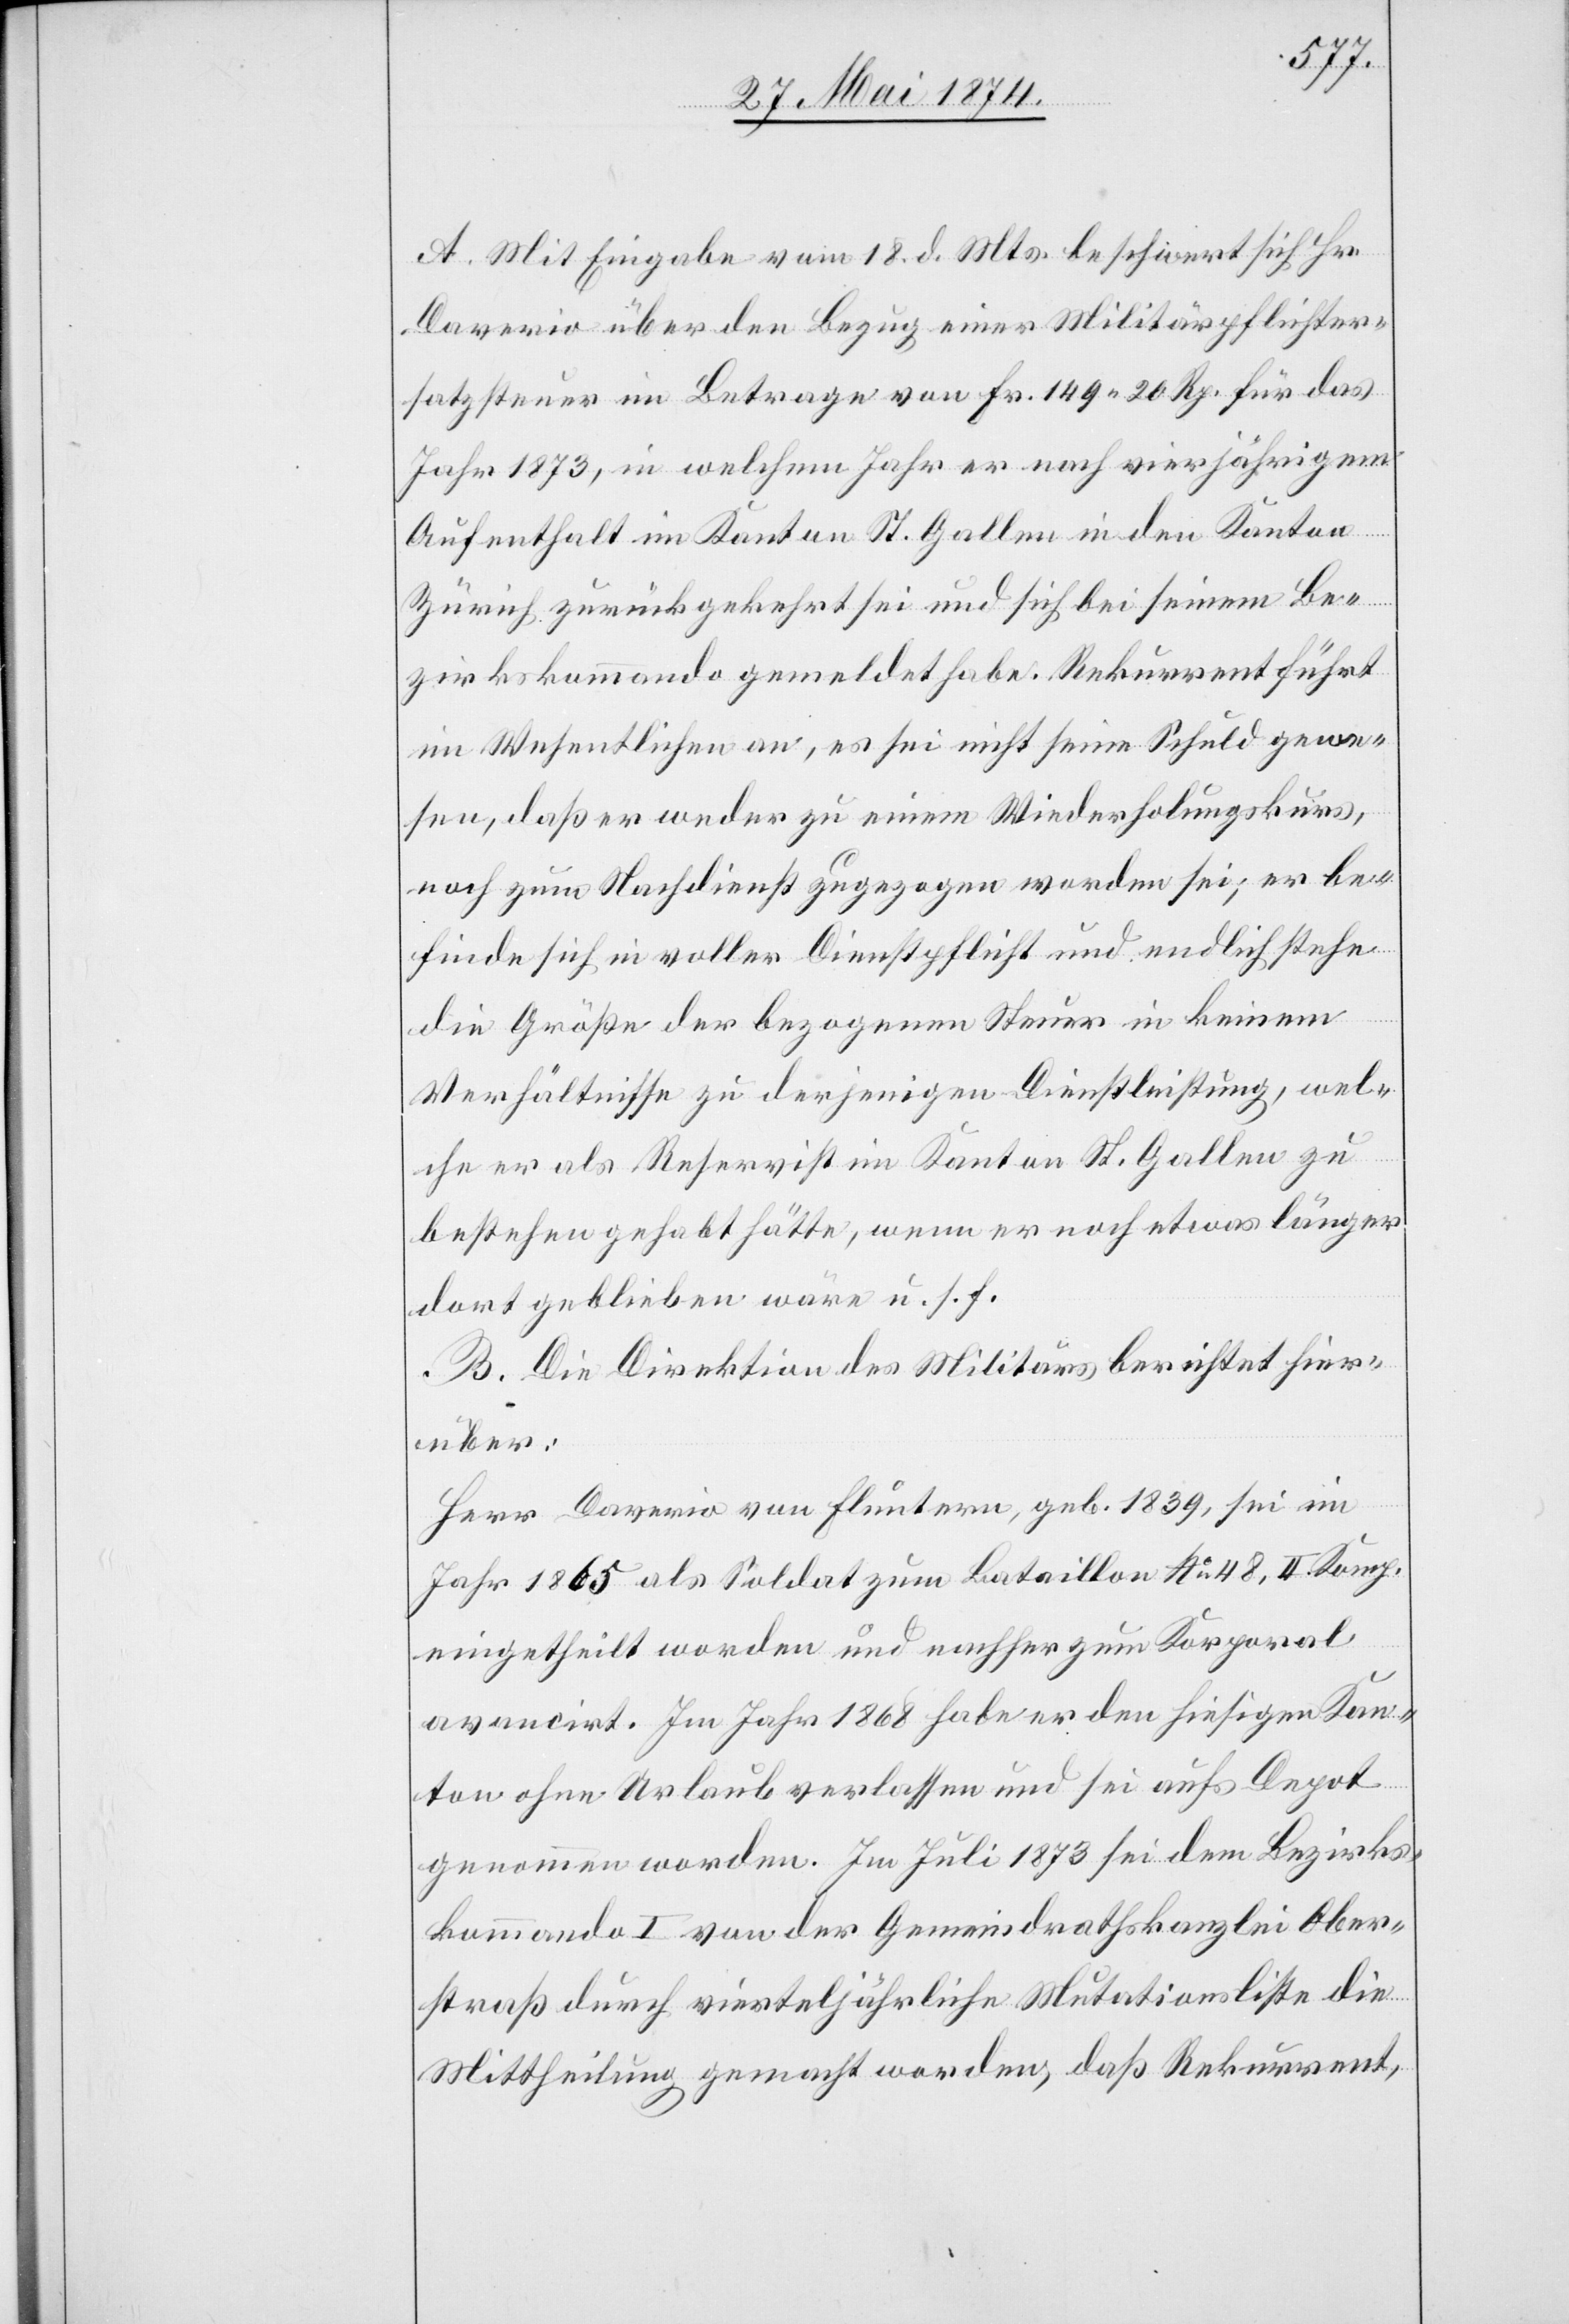
A. Mit Eingabe vom 18. d. Mts. beschwert sich Hr.
Daverio über den Bezug einer Militärpflichter¬
satzsteuer im Betrage von Fr. 149.20 Rp. für das
Jahr 1873, in welchem Jahr er nach vierjährigem
Aufenthalt im Kanton St. Gallen in den Kanton
Zürich zurückgekehrt sei und sich bei seinem Be¬
zirkskommando gemeldet habe. Rekurrent führt
im Wesentlichen an, es sei nicht seine Schuld gewe¬
sen, daß er weder zu einem Wiederholungskurs,
noch zum Nachdienst zugezogen worden sei; er be¬
finde sich in voller Dienstpflicht und endlich stehe
die Größe der bezogenen Steuer in keinem
Verhältnisse zu derjenigen Dienstleistung, wel¬
che er als Reservist im Kanton St. Gallen zu
bestehen gehabt hätte, wenn er noch etwas länger
dort geblieben wäre u. s. f.
B. Die Direktion des Militärs berichtet hier¬
über:
Herr Daverio von Fluntern, geb. 1839, sei im
Jahr 1865 als Soldat zum Bataillon No 48, II. Komp.
eingetheilt worden und nachher zum Korporal
avanciert. Im Jahr 1868 habe er den hiesigen Kan¬
ton ohne Urlaub verlassen und sei aufs Depot
genommen worden. Im Juli 1873 sei dem Bezirks¬
kommando I von der Gemeindrathskanzlei Ober¬
straß durch vierteljährliche Mutationsliste die
Mittheilung gemacht worden, daß Rekurrent,